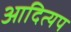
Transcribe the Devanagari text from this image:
आदित्यप